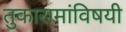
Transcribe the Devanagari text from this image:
तुकारामांविषयी